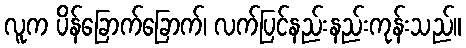
လူက ပိန်ခြောက်ခြောက်၊ လက်ပြင်နည်းနည်းကုန်းသည်။